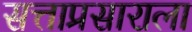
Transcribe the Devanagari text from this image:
सत्ताप्रसाराला